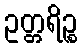
ဥတ္တရိဉ္စ